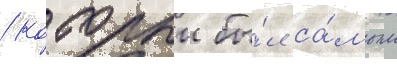
/ которыи бы́л са́мым